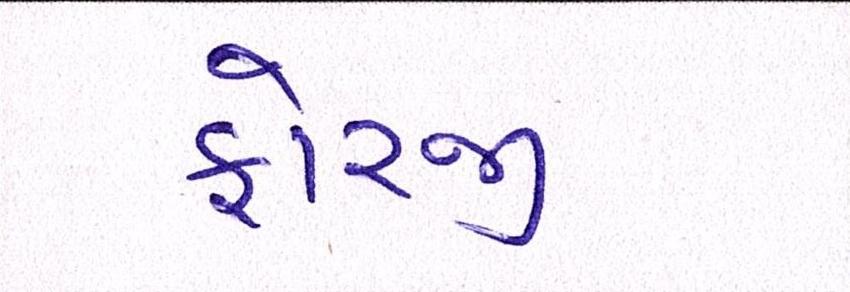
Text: ફોરજી